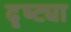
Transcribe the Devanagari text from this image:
दृष्‍ट्या